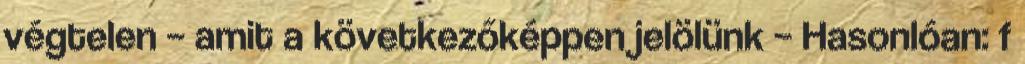
végtelen – amit a következőképpen jelölünk – Hasonlóan: f